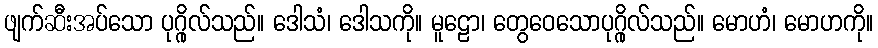
ဖျက်ဆီးအပ်သော ပုဂ္ဂိုလ်သည်။ ဒေါသံ၊ ဒေါသကို။ မူဠော၊ တွေဝေသောပုဂ္ဂိုလ်သည်။ မောဟံ၊ မောဟကို။